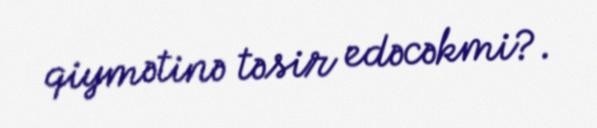
qiymətinə təsir edəcəkmi?.